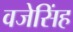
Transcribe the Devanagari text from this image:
वजेसिंह